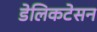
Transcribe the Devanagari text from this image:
डेलिकटेसन